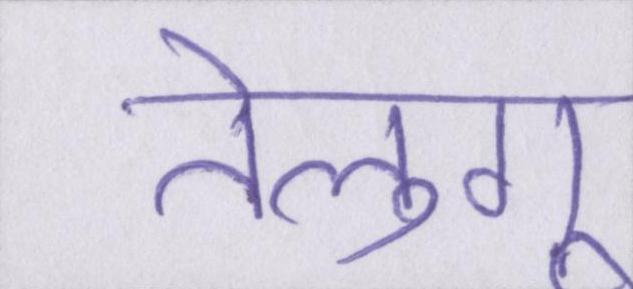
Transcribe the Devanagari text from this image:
तेलुगू